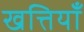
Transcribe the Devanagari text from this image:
खत्तियॉं